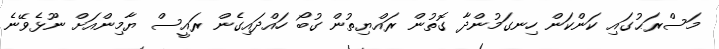
މަސްރަޙުގައި ކަންކަން ހިނގަމުންދާ ގޮތުން ރައްޔިތުން ގުބޯ ހައްދައިގެން ރައީސް ޔާމިންއަށް ނޫޅެވޭނެ